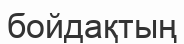
бойдақтың